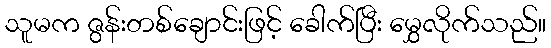
သူမက ဇွန်းတစ်ချောင်းဖြင့် ခေါက်ပြီး မွှေလိုက်သည်။